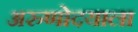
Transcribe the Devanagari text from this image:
अरुणोदयाला